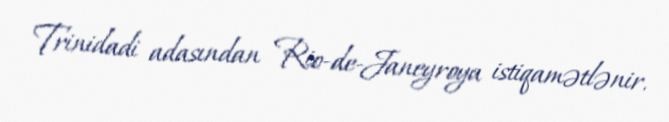
Trinidadi adasından Rio-de-Janeyroya istiqamətlənir.